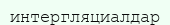
интергляциалдар